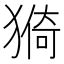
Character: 𱮕